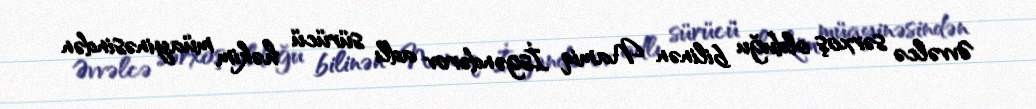
Əvvəlcə sərxoş olduğu bilinən Namiq İsgəndərov adlı sürücü həkim müayinəsindən